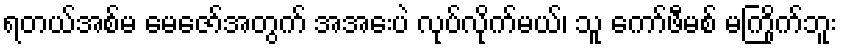
ရတယ်အစ်မ မေဇော်အတွက် အအေးပဲ လုပ်လိုက်မယ်၊ သူ ကော်ဖီမစ် မကြိုက်ဘူး